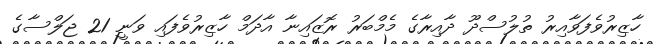
ހާޒިރުވެފަވާއިރު ތުލުސްދޫ ދާއިރާގެ މެމްބަރު ރޮޒައިނާ އާދަމް ހާޒިރުވެފައި ވަނީ 21 ޖަލްސާގެ